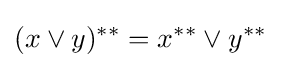
(x\vee y)^{**}=x^{**}\vee y^{**}